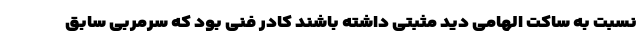
نسبت به ساکت الهامی دید مثبتی داشته باشند کادر فنی بود که سرمربی سابق